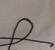
Signature authenticity: forged